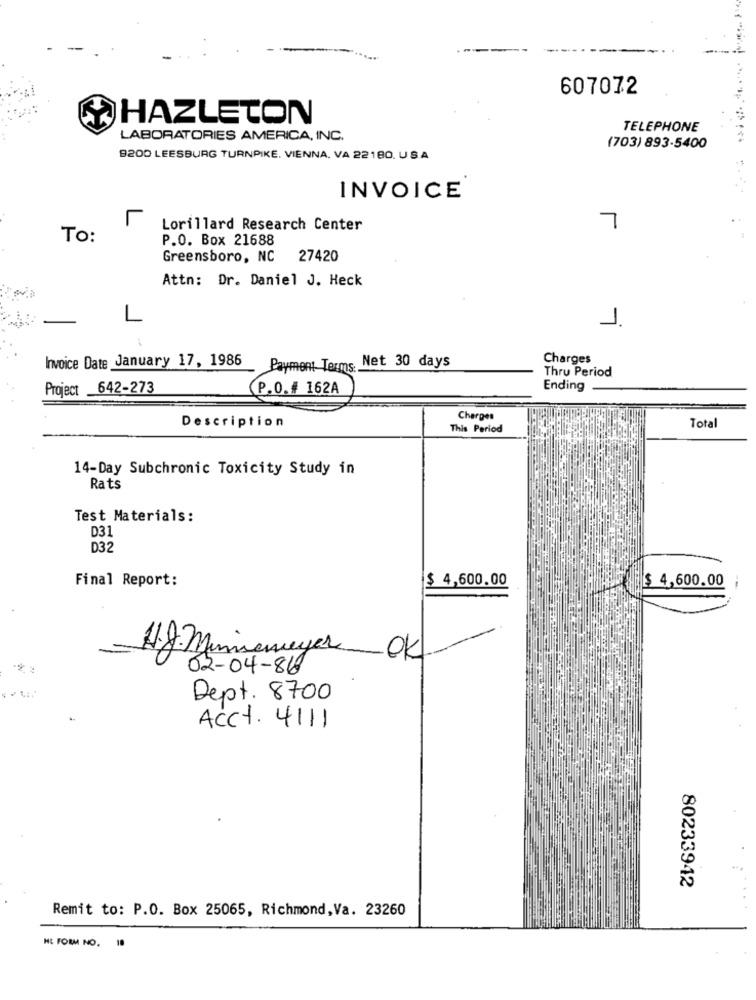
607072
HAZLETON
TELEPHONE
LABORATORIES AMERICA, INC.
(703) 893-5400
9200 LEESBURG TURNPIKE. VIENNA, VA 22180. USA
INVOICE
Lorillard Research Center
7
To:
P.O. Box 21688
Greensboro, NC 27420
Attn: Dr. Daniel J. Heck
L
1.
Invoice Date January 17, 1986
Payment Terms. Net 30 days
Charges
Thru Period
Project 642-273
P.O.# 162A
Ending
Charges
Description
This Period
Total
14-Day Subchronic Toxicity Study in
Rats
Test Materials:
D31
D32
Final Report:
$ 4,600.00
$ 4,600.00
HJ. Miniseweger OK.
02-04-86
Dept. 8700
Acct. 4111
80233942
Remit to: P.O. Box 25065, Richmond, Va. 23260
10
HL FORM NO.